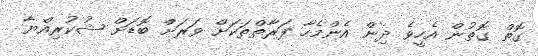
ގޮތް ގޮތުން އެހީވެ ދިން އެންމެހާ ފަރާތްތަކަށް ވަރަށް ބޮޑަށް ޝުކުރިއްޔާ